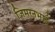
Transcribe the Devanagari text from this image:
जिमरनभाई